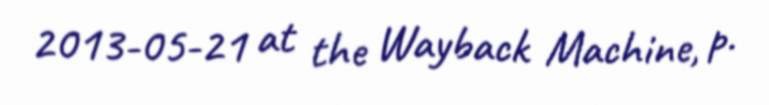
2013-05-21 at the Wayback Machine, p.